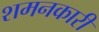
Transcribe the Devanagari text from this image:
शमनकारी